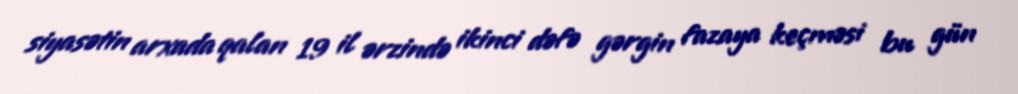
siyasətin arxada qalan 19 il ərzində ikinci dəfə gərgin fazaya keçməsi bu gün